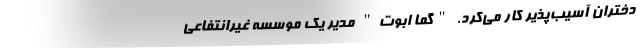
دختران آسیب‌پذیر کار می‌کرد. "گما ابوت" مدیر یک موسسه غیرانتفاعی